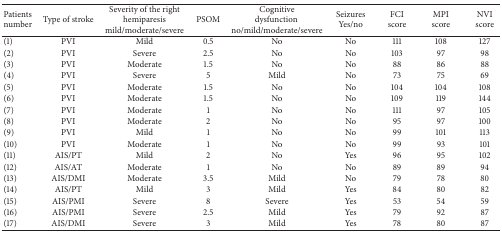
<table><thead><tr><td><b>Patients number</b></td><td><b>Type of stroke</b></td><td><b>Severity of the righthemiparesismild/moderate/severe</b></td><td><b>PSOM</b></td><td><b>Cognitivedysfunction no/mild/moderate/severe</b></td><td><b>SeizuresYes/no</b></td><td><b>FCIscore</b></td><td><b>MPIscore</b></td><td><b>NVIscore</b></td></tr></thead><tbody><tr><td>(1)</td><td>PVI</td><td>Mild</td><td>0.5</td><td>No</td><td>No</td><td>111</td><td>108</td><td>127</td></tr><tr><td>(2)</td><td>PVI</td><td>Severe</td><td>2.5</td><td>No</td><td>No</td><td>103</td><td>97</td><td>98</td></tr><tr><td>(3)</td><td>PVI</td><td>Moderate</td><td>1.5</td><td>No</td><td>No</td><td>88</td><td>86</td><td>88</td></tr><tr><td>(4)</td><td>PVI</td><td>Severe</td><td>5</td><td>Mild</td><td>No</td><td>73</td><td>75</td><td>69</td></tr><tr><td>(5)</td><td>PVI</td><td>Moderate</td><td>1.5</td><td>No</td><td>No</td><td>104</td><td>104</td><td>108</td></tr><tr><td>(6)</td><td>PVI</td><td>Moderate</td><td>1.5</td><td>No</td><td>No</td><td>109</td><td>119</td><td>144</td></tr><tr><td>(7)</td><td>PVI</td><td>Moderate</td><td>1</td><td>No</td><td>No</td><td>111</td><td>97</td><td>105</td></tr><tr><td>(8)</td><td>PVI</td><td>Moderate</td><td>2</td><td>No</td><td>No</td><td>95</td><td>97</td><td>100</td></tr><tr><td>(9)</td><td>PVI</td><td>Mild</td><td>1</td><td>No</td><td>No</td><td>99</td><td>101</td><td>113</td></tr><tr><td>(10)</td><td>PVI</td><td>Moderate</td><td>1</td><td>No</td><td>No</td><td>99</td><td>93</td><td>101</td></tr><tr><td>(11)</td><td>AIS/PT</td><td>Mild</td><td>2</td><td>No</td><td>Yes</td><td>96</td><td>95</td><td>102</td></tr><tr><td>(12)</td><td>AIS/AT</td><td>Moderate</td><td>1</td><td>No</td><td>No</td><td>89</td><td>89</td><td>94</td></tr><tr><td>(13)</td><td>AIS/DMI</td><td>Moderate</td><td>3.5</td><td>Mild</td><td>No</td><td>79</td><td>78</td><td>80</td></tr><tr><td>(14)</td><td>AIS/PT</td><td>Mild</td><td>3</td><td>Mild</td><td>Yes</td><td>84</td><td>80</td><td>82</td></tr><tr><td>(15)</td><td>AIS/PMI</td><td>Severe</td><td>8</td><td>Severe</td><td>Yes</td><td>53</td><td>54</td><td>59</td></tr><tr><td>(16)</td><td>AIS/PMI</td><td>Severe</td><td>2.5</td><td>Mild</td><td>Yes</td><td>79</td><td>92</td><td>87</td></tr><tr><td>(17)</td><td>AIS/DMI</td><td>Severe</td><td>3</td><td>Mild</td><td>Yes</td><td>78</td><td>80</td><td>87</td></tr></tbody></table>